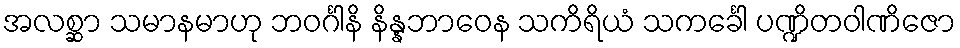
အလစ္ဆာ သမာနမာဟု ဘဝင်္ဂါနိ နိန္နဘာဝေန သကိရိယံ သကင်္ခေါ ပဏ္ဍိတဝါဏိဇော